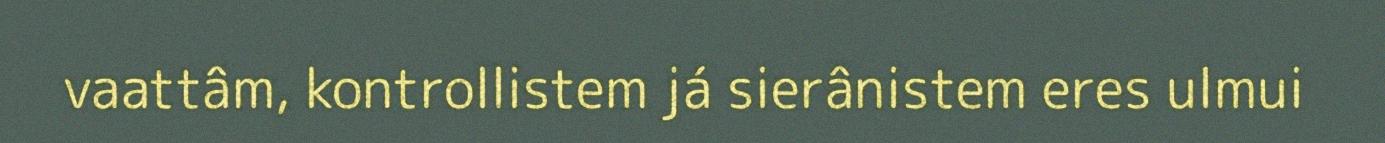
vaattâm, kontrollistem já sierânistem eres ulmui